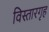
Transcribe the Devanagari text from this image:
विस्तारगृह